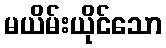
မယိမ်းယိုင်သော